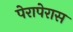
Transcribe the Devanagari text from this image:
पेरापेरास